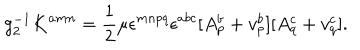
g _ { 2 } ^ { - 1 } K ^ { a m n } = \frac { 1 } { 2 } \mu \epsilon ^ { m n p q } \epsilon ^ { a b c } [ A _ { p } ^ { b } + v _ { p } ^ { b } ] [ A _ { q } ^ { c } + v _ { q } ^ { c } ] .